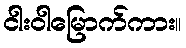
ငါးဝါမြောက်ကား။